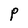
Character: P